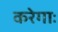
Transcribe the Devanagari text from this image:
करेगाः